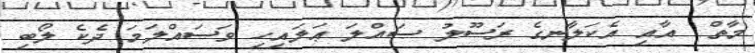
މާތް  އާއި އެކަލާނގެ ރަސޫލު ޞައްލަ ޢަލައިހި ވަސައްލަމަ ދެކެ ލޯބި